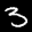
Label: 3